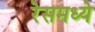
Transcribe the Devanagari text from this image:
रेसमध्ये